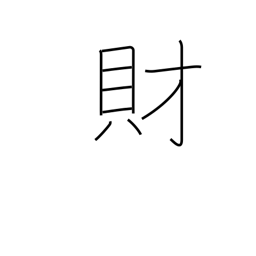
Meaning: wealth